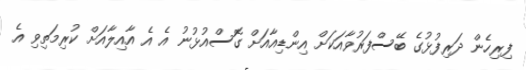
ފިރިހެން ދަރިފުޅުގެ ބޭސްފަރުވާއަކަށް އިންޑިއާއަށް ގޮސްއުޅުނު އެ އެ އާއިލާއަށް ކުރިމަތިވި އެ